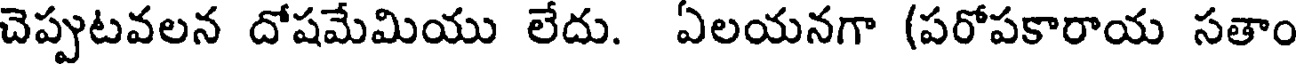
చెప్పుటవలన దోషమేమియు లేదు. ఏలయనగా (పరోపకారాయ సతాం